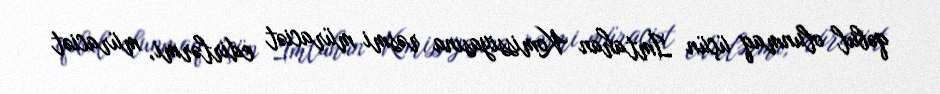
qəbul olunmaq üçün İmtahan Komissiyasına rəsmi müraciət edirlərmi, müraciət